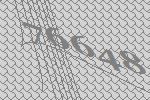
76648